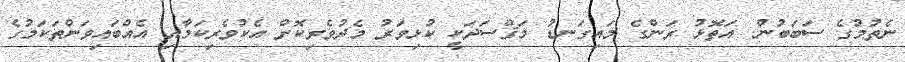
ނެތުމުގެ ސަބަބުން. އަތޮޅު ރަންގެ މައިގަނޑު މަޤްސަދަކީ ކުޅިވަރު މެދުވެރިކޮށް އެކުވެރިކަމާއި އެއްބައިވަންތަކަމުގެ